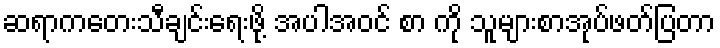
ဆရာကတေးသီချင်းရေးဖို့ အပါအဝင် စာ ကို သူများစာအုပ်ဖတ်ပြတာ